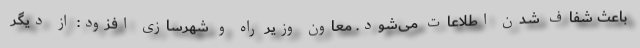
باعث شفاف شدن اطلاعات می‌شود. معاون وزیر راه و شهرسازی افزود: از دیگر